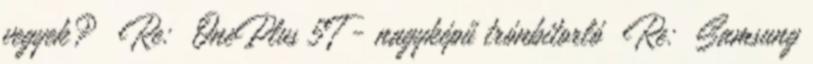
vegyek? Re: OnePlus 5T - nagyképű trónbitorló Re: Samsung